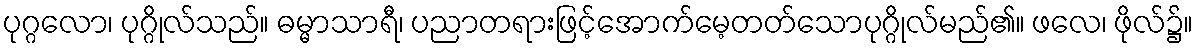
ပုဂ္ဂလော၊ ပုဂ္ဂိုလ်သည်။ ဓမ္မာသာရီ၊ ပညာတရားဖြင့်အောက်မေ့တတ်သောပုဂ္ဂိုလ်မည်၏။ ဖလေ၊ ဖိုလ်၌။